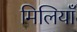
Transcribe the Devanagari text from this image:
मिलियाँ